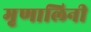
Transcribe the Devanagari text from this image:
मृृणालिनी